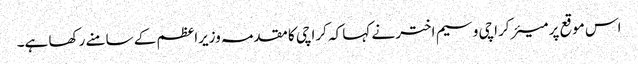
اس موقع پر میئر کراچی وسیم اختر نے کہا کہ کراچی کا مقدمہ وزیراعظم کے سامنے رکھا ہے۔